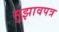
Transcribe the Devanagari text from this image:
सुझावपत्र